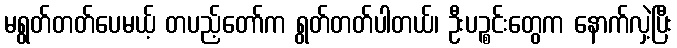
မရွတ်တတ်ပေမယ့် တပည့်တော်က ရွတ်တတ်ပါတယ်၊ ဦးပဉ္စင်းတွေက နောက်လှဲ့ပြီး